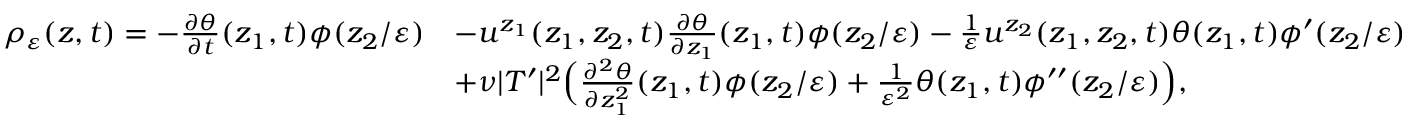
\begin{array} { r l } { \rho _ { \varepsilon } ( z , t ) = - \frac { \partial \theta } { \partial t } ( z _ { 1 } , t ) \phi ( z _ { 2 } / \varepsilon ) } & { - u ^ { z _ { 1 } } ( z _ { 1 } , z _ { 2 } , t ) \frac { \partial \theta } { \partial z _ { 1 } } ( z _ { 1 } , t ) \phi ( z _ { 2 } / \varepsilon ) - \frac { 1 } { \varepsilon } u ^ { z _ { 2 } } ( z _ { 1 } , z _ { 2 } , t ) \theta ( z _ { 1 } , t ) \phi ^ { \prime } ( z _ { 2 } / \varepsilon ) } \\ & { + \nu | T ^ { \prime } | ^ { 2 } \Big ( \frac { \partial ^ { 2 } \theta } { \partial z _ { 1 } ^ { 2 } } ( z _ { 1 } , t ) \phi ( z _ { 2 } / \varepsilon ) + \frac { 1 } { \varepsilon ^ { 2 } } \theta ( z _ { 1 } , t ) \phi ^ { \prime \prime } ( z _ { 2 } / \varepsilon ) \Big ) , } \end{array}